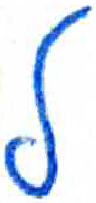
אות: ל